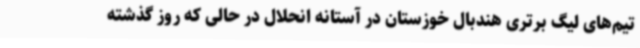
تیم‌های لیگ برتری هندبال خوزستان در آستانه انحلال در حالی که روز گذشته